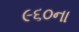
૯૬૦ના